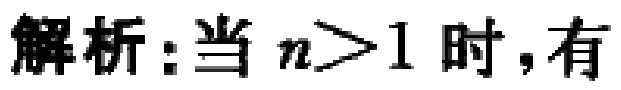
解析：当 \(n>1\) 时，有